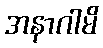
အနာဂါမိ